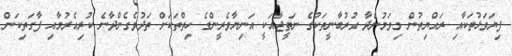
ފިޔަވަޅުތަކާއި ރައްޔިތުން މިވަމުންދާ ގުރުބާނީތަކުގެ ނަތީޖާއަކީ އަނިޔާވެރީންގެ ހިތްތަކަށް ތަދުވެގެންދާނެ ކުރިއެރުމާއި ފާގަތިކަން